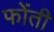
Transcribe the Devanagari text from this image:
फोंती